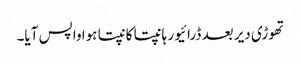
تھوڑی دیر بعد ڈرائیور ہانپتا کانپتا ہوا واپس آیا۔